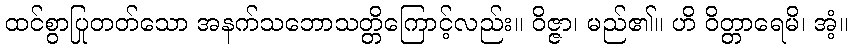
ထင်စွာပြုတတ်သော အနက်သဘောသတ္တိကြောင့်လည်း။ ဝိဇ္ဇာ၊ မည်၏။ ဟိ ဝိတ္တာရေမိ၊ အံ့။